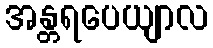
အန္တရပေယျာလ